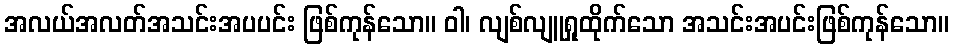
အလယ်အလတ်အသင်းအပပင်း ဖြစ်ကုန်သော။ ဝါ၊ လျစ်လျူရှုထိုက်သော အသင်းအပင်းဖြစ်ကုန်သော။